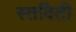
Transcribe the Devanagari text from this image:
स्तविती